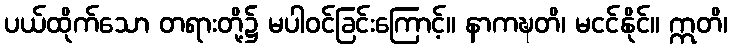
ပယ်ထိုက်သော တရားတို့၌ မပါဝင်ခြင်းကြောင့်။ နာကဍ္ဎတိ၊ မငင်နိုင်။ ဣတိ၊